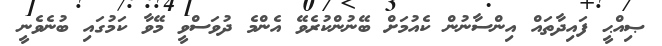
ޞިއްޙީ ފައިދާތައް އިންސާނުން ކެއުމަށް ބޭނުންކުރެވޭ އެންމެ ދުވަސްވީ މޭވާ ކަމުގައި ބުނެވެނީ